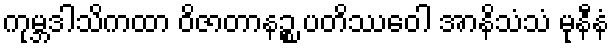
ကုမ္ဘဒါသိကထာ ဝိဇာတာနဉ္စ ပတိဿဝေါ အာနိသံသံ မုနီနံ